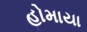
હોમાયા